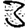
Digit: 3